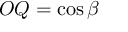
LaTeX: O Q = \cos \beta